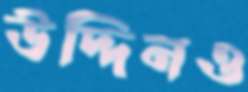
উদ্দিনও